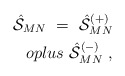
\begin{align*}{\hat {\cal S}}_{MN} \ =\ {\hat {\cal S}}^{(+)}_{MN} \\oplus \ {\hat {\cal S}}^{(-)}_{MN} \ ,\end{align*}